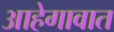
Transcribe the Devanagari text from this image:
आहेगावात